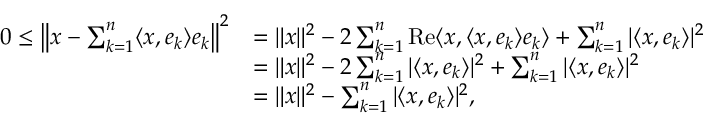
{ \begin{array} { r l } { 0 \leq \left\| x - \sum _ { k = 1 } ^ { n } \langle x , e _ { k } \rangle e _ { k } \right\| ^ { 2 } } & { = \| x \| ^ { 2 } - 2 \sum _ { k = 1 } ^ { n } \operatorname { R e } \langle x , \langle x , e _ { k } \rangle e _ { k } \rangle + \sum _ { k = 1 } ^ { n } | \langle x , e _ { k } \rangle | ^ { 2 } } \\ & { = \| x \| ^ { 2 } - 2 \sum _ { k = 1 } ^ { n } | \langle x , e _ { k } \rangle | ^ { 2 } + \sum _ { k = 1 } ^ { n } | \langle x , e _ { k } \rangle | ^ { 2 } } \\ & { = \| x \| ^ { 2 } - \sum _ { k = 1 } ^ { n } | \langle x , e _ { k } \rangle | ^ { 2 } , } \end{array} }